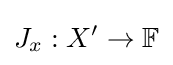
J_{x}:X^{\prime }\to \mathbb {F}